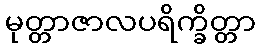
မုတ္တာဇာလပရိက္ခိတ္တာ